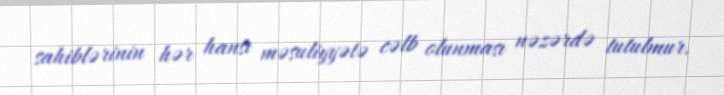
sahiblərinin hər hansı məsuliyyətə cəlb olunması nəzərdə tutulmur.